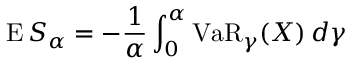
\operatorname { E } S _ { \alpha } = - { \frac { 1 } { \alpha } } \int _ { 0 } ^ { \alpha } \operatorname { V a R } _ { \gamma } ( X ) \, d \gamma